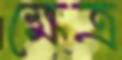
ক্ষেত্র